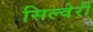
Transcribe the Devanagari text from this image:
सिल्वेरी